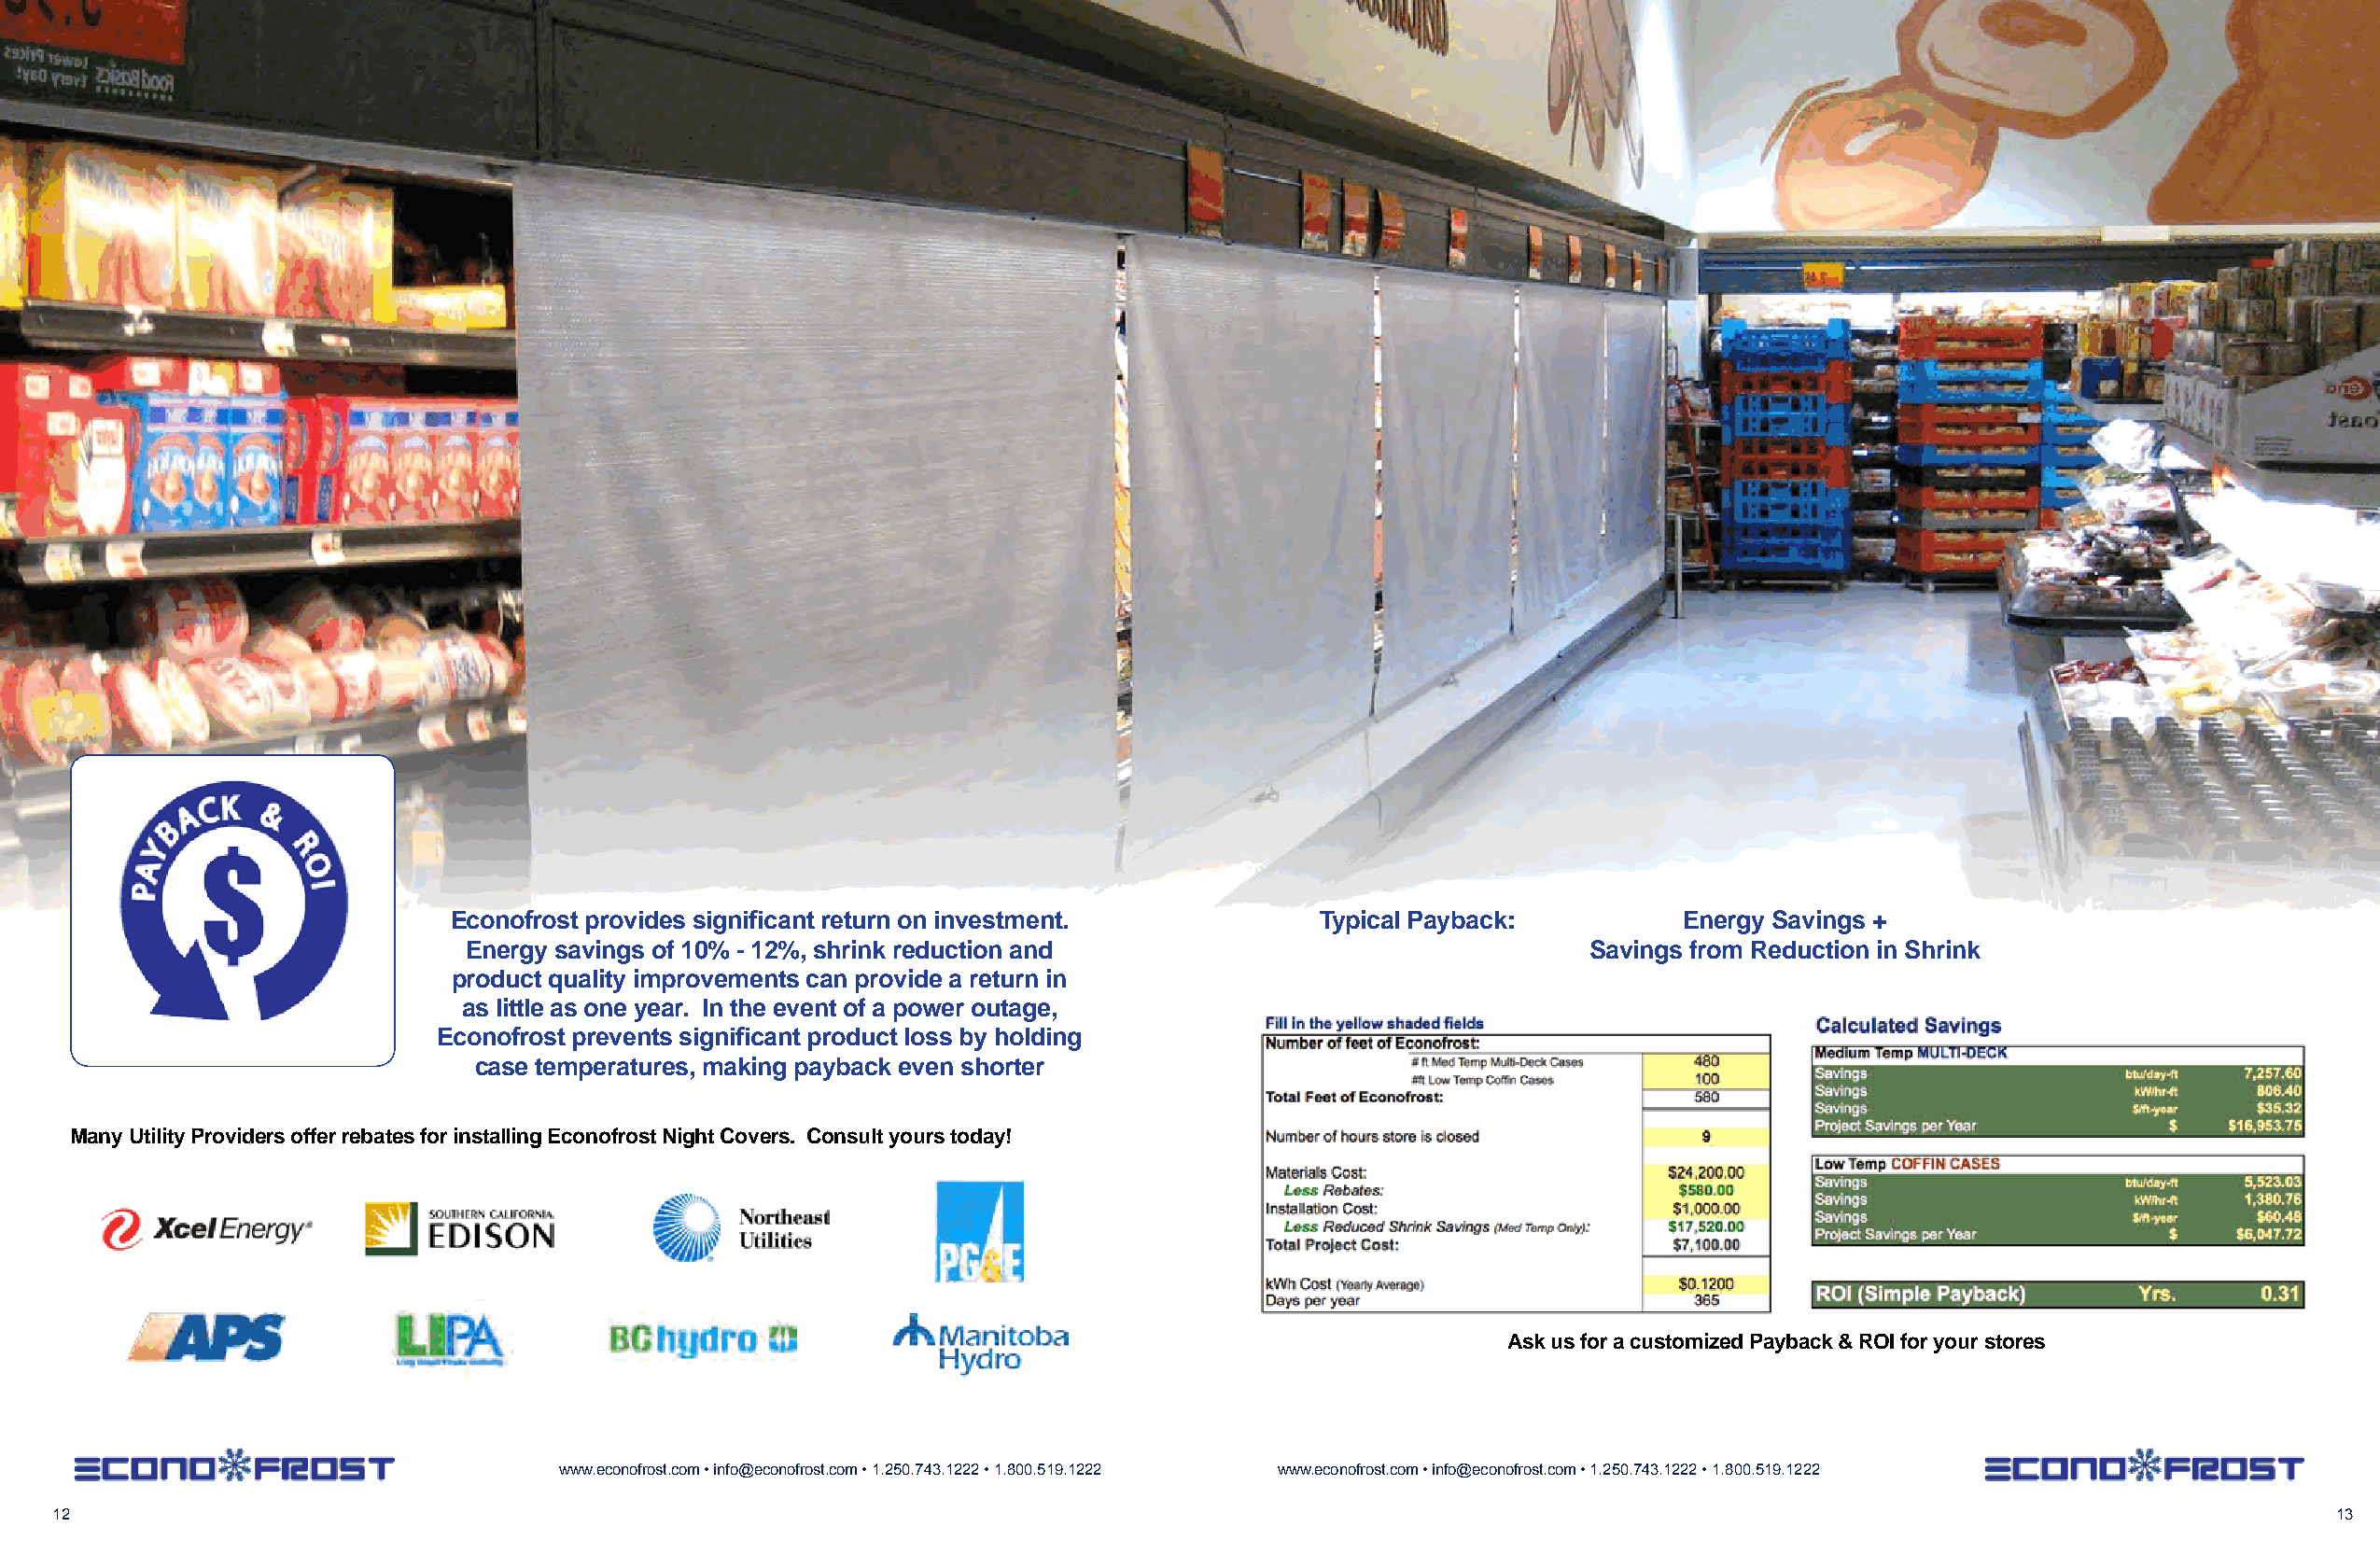
Econofrost provides significant return on investment.         Typical Payback:         Energy Savings +
 Energy savings of 10% - 12%, shrink reduction and                               Savings from Reduction in Shrink
 product quality improvements can provide a return in
 as little as one year. In the event of a power outage,
 Econofrost prevents significant product loss by holding
 case temperatures, making payback even shorter
 Many Utility Providers offer rebates for installing Econofrost Night Covers. Consult yours today!
 Ask us for a customized Payback & ROI for your stores
 www.econofrost.com • info@econofrost.com • 1.250.743.1222 • 1.800.519.1222 www.econofrost.com • info@econofrost.com • 1.250.743.1222 • 1.800.519.1222
 12                                                                                                                                                                13